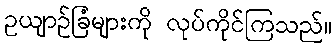
ဥယျာဉ်ခြံများကို လုပ်ကိုင်ကြသည်။